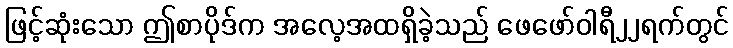
ဖြင့်ဆုံးသော ဤစာပိုဒ်က အလေ့အထရှိခဲ့သည် ဖေဖော်ဝါရီ၂၂ရက်တွင်